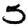
Digit: 5